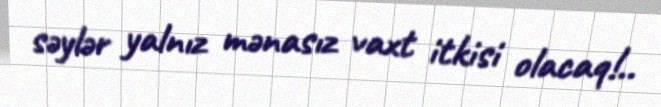
səylər yalnız mənasız vaxt itkisi olacaq!..